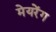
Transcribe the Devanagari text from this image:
मेयरेंग